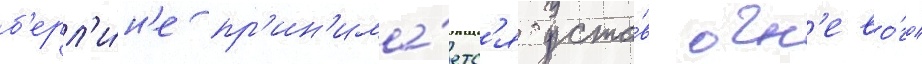
б'ерл'и́н'е пр'ин'има́етс'я уста́в огн'ево́го